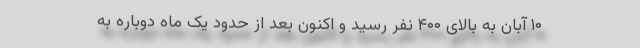
۱۰ آبان به بالای ۴۰۰ نفر رسید و اکنون بعد از حدود یک ماه دوباره به